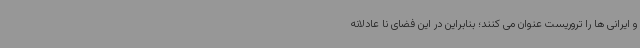
و ایرانی ها را تروریست عنوان می کنند؛ بنابراین در این فضای نا عادلانه